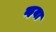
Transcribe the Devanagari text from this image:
व्हया